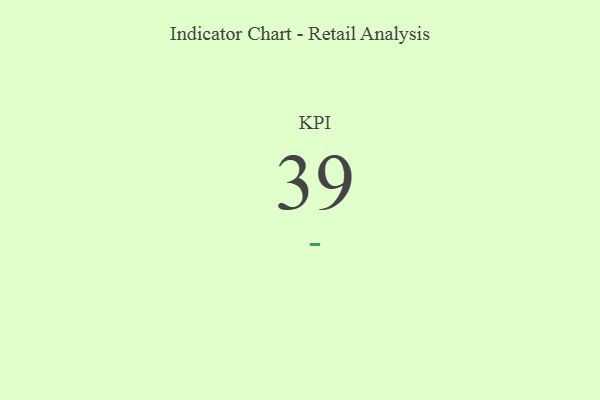
{"axis": {"x": "KPI", "y": "Value"}, "legend": [""], "data": [{"x": "KPI", "y": 39, "type": ""}]}